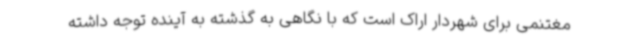
مغتنمی برای شهردار اراک است که با نگاهی به گذشته به آینده توجه داشته